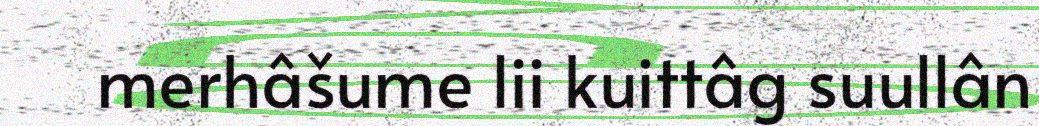
merhâšume lii kuittâg suullân